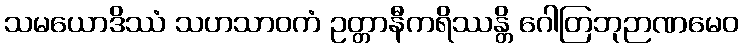
သမယောဒိဿံ သဟသာဝကံ ဥတ္တာနီကရိဿန္တိ ဂေါတြဘုဉာဏမေဝ